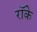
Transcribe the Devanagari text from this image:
रॉके